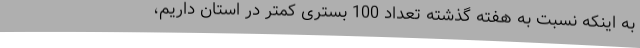
به اینکه نسبت به هفته گذشته تعداد 100 بستری کمتر در استان داریم،